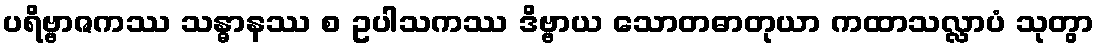
ပရိဗ္ဗာဇကဿ သန္ဓာနဿ စ ဥပါသကဿ ဒိဗ္ဗာယ သောတဓာတုယာ ကထာသလ္လာပံ သုတွာ